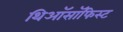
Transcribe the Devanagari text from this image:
थिऑसॉफिस्ट